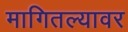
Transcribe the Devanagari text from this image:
मागितल्यावर